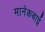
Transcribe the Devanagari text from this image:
मानेकबाई